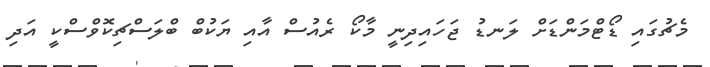
މެޗުގައި ޑޯޓްމަންޑަށް ލަނޑު ޖަހައިދިނީ މާކޯ ރެއުސް އާއި ޔަކުބް ބްލަސްޗިކޮވްސްކީ އަދި